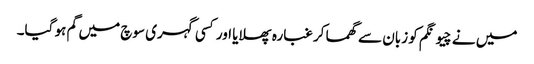
میں نے چیونگم کو زبان سے گھما کر غبارہ پھلایا اور کسی گہری سوچ میں گم ہو گیا۔